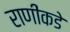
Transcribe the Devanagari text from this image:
राणींकडे